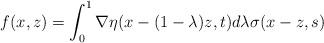
LaTeX: \begin{align*} f(x,z) = \int_0 ^1 \nabla \eta (x- (1-\lambda) z, t) d\lambda \sigma (x-z, s) \end{align*}